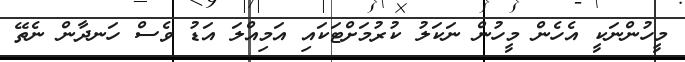
މީހުންނަކީ އެހެން މީހުން ނަކަލު ކުރުމަށްޓަކައި އަމިއްލަ އަޑު ވެސް ހަނދާން ނެތޭ